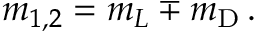
m _ { 1 , 2 } = m _ { L } \mp m _ { \mathrm { D } } \, .